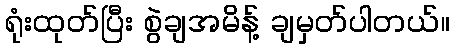
ရုံးထုတ်ပြီး စွဲချအမိန့် ချမှတ်ပါတယ်။